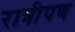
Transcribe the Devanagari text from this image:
रात्रीपण